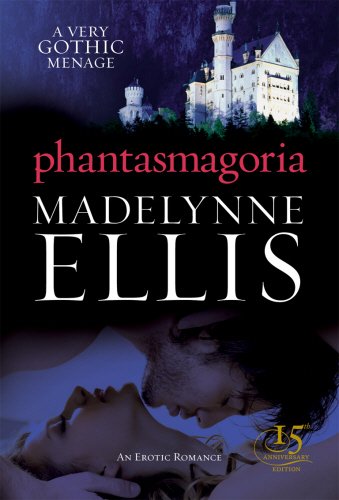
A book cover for Phantasmagoria (Black Lace); Madelynne Ellis; Romance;